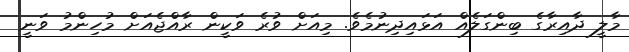
މާލީ ދާއިރާގެ ބިންގަލެއް އަޅައިދިނުމެވެ. މިއަށް ވުރެ ވަކީން ރާއްޖެއަށް މުހިންމު ވަނީ